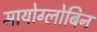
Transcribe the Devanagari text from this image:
मायोग्लोबिन